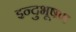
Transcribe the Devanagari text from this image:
इन्दुभूषण